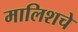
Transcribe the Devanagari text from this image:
मालिशचे